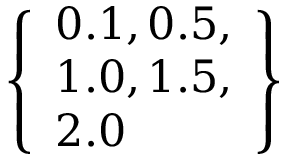
\left\{ \begin{array} { l } { 0 . 1 , 0 . 5 , } \\ { 1 . 0 , 1 . 5 , } \\ { 2 . 0 } \end{array} \right\}